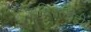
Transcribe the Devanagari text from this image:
सचिवांनीही